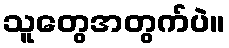
သူတွေအတွက်ပဲ။